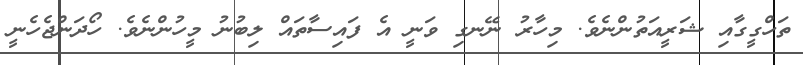
ތަހްގީގާއި ޝަރީއަތުންނެވެ. މިހާރު ނޭނގި ވަނީ އެ ފައިސާތައް ލިބުނު މީހުންނެވެ. ހޯދަންޖެހެނީ